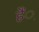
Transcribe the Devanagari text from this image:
हैं़